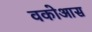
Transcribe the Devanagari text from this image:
वकोआस